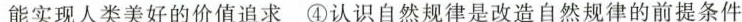
能实现人类美好的价值追求 ④认识自然规律是改造自然规律的前提条件